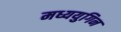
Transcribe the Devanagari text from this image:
मध्ययुगिन